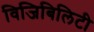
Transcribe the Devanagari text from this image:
विजिबिलिटी